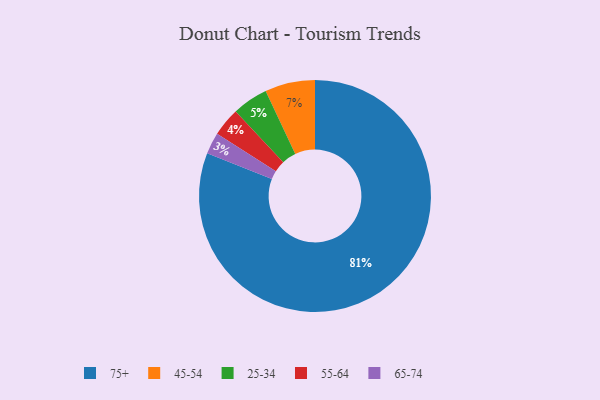
{"axis": {"x": "Category", "y": "Percentage"}, "legend": ["25-34", "45-54", "55-64", "65-74", "75+"], "data": [{"x": "25-34", "y": 5, "type": "25-34"}, {"x": "55-64", "y": 4, "type": "55-64"}, {"x": "75+", "y": 81, "type": "75+"}, {"x": "65-74", "y": 3, "type": "65-74"}, {"x": "45-54", "y": 7, "type": "45-54"}]}